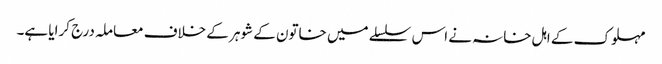
مہلوک کے اہل خانہ نے اس سلسلے میں خاتون کے شوہر کے خلاف معاملہ درج کرایا ہے۔